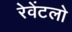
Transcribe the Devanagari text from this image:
रेवेंटलो